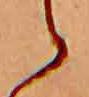
ら